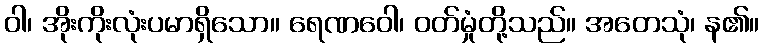
ဝါ၊ အိုးကိုးလုံးပမာရှိသော။ ရေဏဝေါ၊ ဝတ်မှုံတို့သည်။ အတေသုံ၊ န၏။